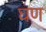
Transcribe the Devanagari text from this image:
घण